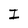
Character: I